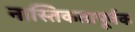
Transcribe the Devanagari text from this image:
नास्तिकतापूर्वक